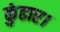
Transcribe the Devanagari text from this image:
कुंढार।